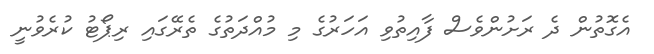
އެގޮތުން ދެ ރަށުންވެސް ފާއިތުވި އަހަރުގެ މި މުއްދަތުގެ ތެރޭގައި ރިޕޯޓު ކުރެވުނީ